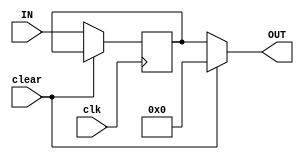
`timescale 1ns / 1ps

module eightbitreg
(
    input [7:0] IN,
    input clk,
    input clear,
    output [7:0] OUT
);
reg [7:0] out_fake;

assign OUT = clear? 0:out_fake; 
always @(posedge clk) begin
if(!clear)
out_fake <= IN;
end

endmodule